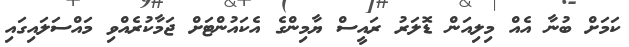
ކަމަށް ބުނާ އެއް މިލިއަން ޑޮލަރު ރައީސް ޔާމިންގެ އެކައުންޓަށް ޖަމާކުރެއްވި މައްސަލައިގައި